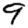
Digit: 9